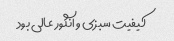
کیفیت سبزی و انگور عالی بود